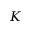
K